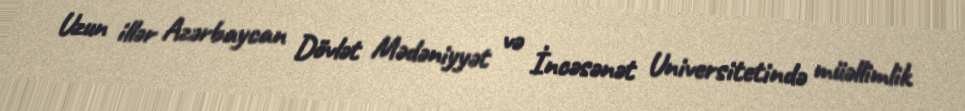
Uzun illər Azərbaycan Dövlət Mədəniyyət və İncəsənət Universitetində müəllimlik